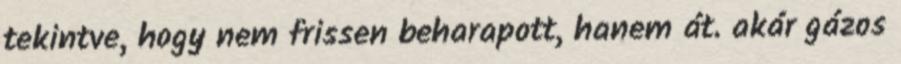
tekintve, hogy nem frissen beharapott, hanem át. akár gázos